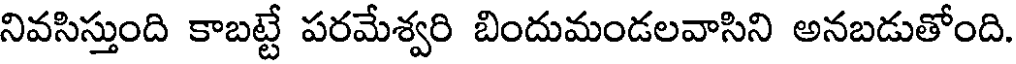
నివసిస్తుంది కాబట్టే పరమేశ్వరి బిందుమండలవాసిని అనబడుతోంది.